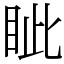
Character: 眦